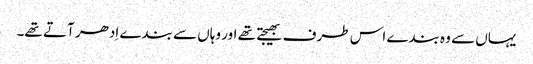
یہاں سے وہ بندے اس طرف بھیجتے تھے اور وہاں سے بندے اِدھر آتے تھے۔